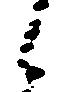
候